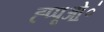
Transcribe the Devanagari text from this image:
ह्प्पूओ॒॒॒॑